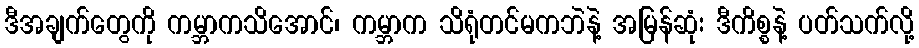
ဒီအချက်တွေကို ကမ္ဘာကသိအောင်၊ ကမ္ဘာက သိရုံတင်မကဘဲနဲ့ အမြန်ဆုံး ဒီကိစ္စနဲ့ ပတ်သက်လို့